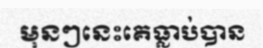
មុនៗនេះគេធ្លាប់បាន